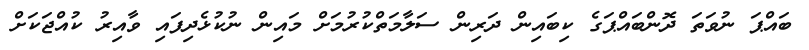
ބައްޕަ ނުވަތަ ދޮންބައްޕަގެ ކިބައިން ދަރިން ސަލާމަތްކުރުމަށް މައިން ނުކުޅެދިފައި ވާއިރު ކުއްޖަކަށް